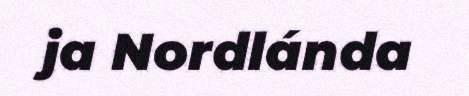
ja Nordlánda